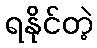
ရနိုင်တဲ့